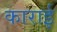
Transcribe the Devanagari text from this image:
काराई